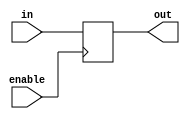
module level_sensitive_latch (
    input wire enable,
    input wire in,
    output reg out
);

always @ (posedge enable) begin
    if (enable) begin
        out <= in;
    end
end

endmodule